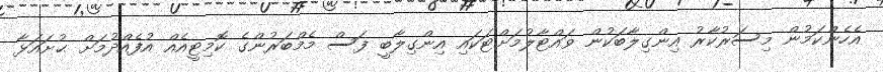
އެހެންކަމުން މިސަރުކާރު އިންގިލާބަކުން ވައްޓާލުމަށްޓަކައި އިންގިލާބީ ފަސް މެމްބަރުންގެ ކޮމިޓީއެއް އުފެއްދުމަށް ޙުށައަޅާ